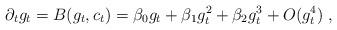
LaTeX: \begin{align*}\partial_t g_t = B ( g_t , c_t ) = \beta_0 g_t + \beta_1 g_t^2 + \beta_2 g_t^3 + O ( g_t^4) \; , \end{align*}